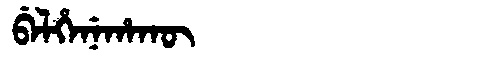
Manchu: ᠪᡝᠯᡥᡝᠨᡝᡥᠠᡴᡡ
Romanization: BELHENEHAKŪ